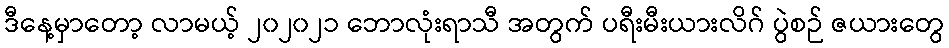
ဒီနေ့မှာတော့ လာမယ့် ၂၀၂၀၂၁ ဘောလုံးရာသီ အတွက် ပရီးမီးယားလိဂ် ပွဲစဉ် ဇယားတွေ